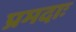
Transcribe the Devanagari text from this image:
प्रमदाः